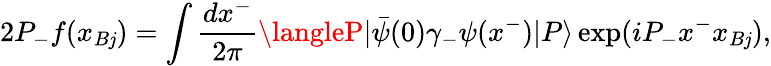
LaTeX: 2P_{-}f(x_{B\mathit{j}})=\int\frac{{dx^{-}}}{{2\pi}}\langleP|\bar{{\psi}}(0)\gamma_{-}\psi(x^{-})|P\rangle\exp(iP_{-}x^{-}x_{B\mathit{j}}),